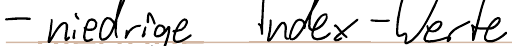
- niedrige Index-Werte